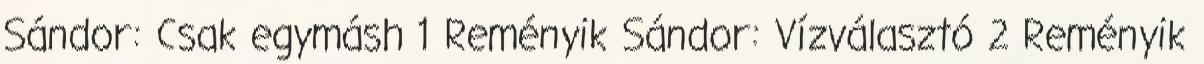
Sándor: Csak egymásh 1 Reményik Sándor: Vízválasztó 2 Reményik